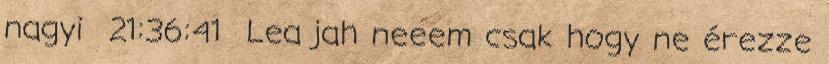
nagyi 21:36:41 Lea jah neeem csak hogy ne érezze